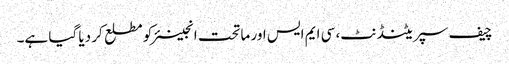
چیف سپریٹنڈنٹ، سی ایم ایس اور ماتحت انجینئر کو مطلع کر دیا گیا ہے۔